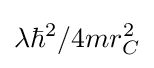
\lambda \hbar ^{2}/4mr_{C}^{2}